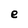
Character: e